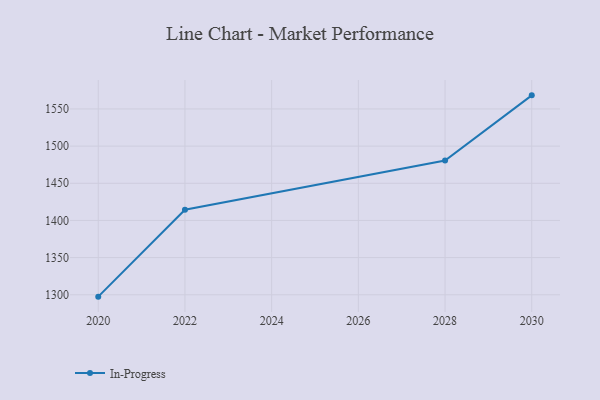
{"axis": {"x": "Year", "y": "Market Share (%)"}, "legend": ["In-Progress"], "data": [{"x": "2020", "y": 1297.5, "type": "In-Progress"}, {"x": "2022", "y": 1414.4, "type": "In-Progress"}, {"x": "2028", "y": 1480.7, "type": "In-Progress"}, {"x": "2030", "y": 1568.3, "type": "In-Progress"}]}